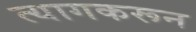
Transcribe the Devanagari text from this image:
त्यागकरून